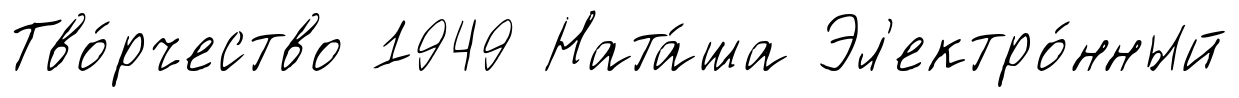
Тво́рчество 1949 Ната́ша Эл'ектро́нный